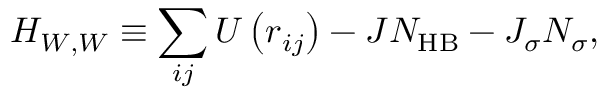
{ \cal H } _ { W , W } \equiv \sum _ { i j } U \left( r _ { i j } \right) - J N _ { \mathrm { H B } } - J _ { \sigma } N _ { \sigma } ,